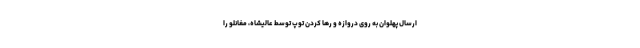
ارسال پهلوان به روی دروازه و رها کردن توپ توسط عالیشاه، مغانلو را